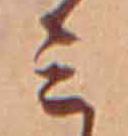
ミ